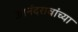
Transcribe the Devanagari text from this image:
आनंदरावांच्या